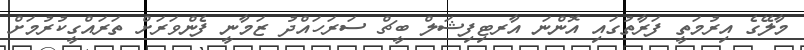
މާލޭގެ އިރުމަތީ ފަރާތުގައި އޮންނަ އާރޓިފިޝަލް ބީޗް ސަރަހައްދު ޒަމާނީ ފެންވަރަށް ތަރައްގީކުރުމަށް